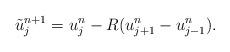
LaTeX: \begin{align*}\tilde{u}^{n+1}_{j}=u^{n}_{j}-R(u^{n}_{j+1}-u^{n}_{j-1}). \end{align*}